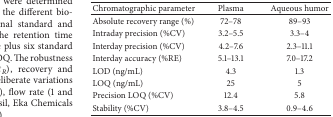
<table><thead><tr><td><b>Chromatographic parameter</b></td><td><b>Plasma</b></td><td><b>Aqueous humor</b></td></tr></thead><tbody><tr><td>Absolute recovery range (%)</td><td>72–78</td><td>89–93</td></tr><tr><td>Intraday precision (%CV)</td><td>3.2–5.5</td><td>3.3–4</td></tr><tr><td>Interday precision (%CV)</td><td>4.2–7.6</td><td>2.3–11.1</td></tr><tr><td>Interday accuracy (%RE)</td><td>5.1–13.1</td><td>7.0–17.2</td></tr><tr><td>LOD (ng/mL)</td><td>4.3</td><td>1.3</td></tr><tr><td>LOQ (ng/mL)</td><td>25</td><td>5</td></tr><tr><td>Precision LOQ (%CV)</td><td>12.4</td><td>5.8</td></tr><tr><td>Stability (%CV)</td><td>3.8–4.5</td><td>0.9–4.6</td></tr></tbody></table>